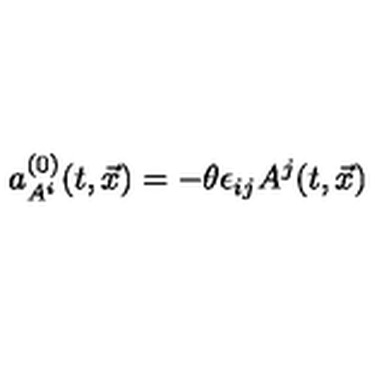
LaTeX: a _ { A ^ { i } } ^ { ( 0 ) } ( t , \vec { x } ) = - \theta \epsilon _ { i j } A ^ { j } ( t , \vec { x } )